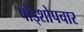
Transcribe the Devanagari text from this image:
षोड्शोपचार